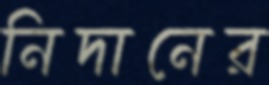
নিদানের